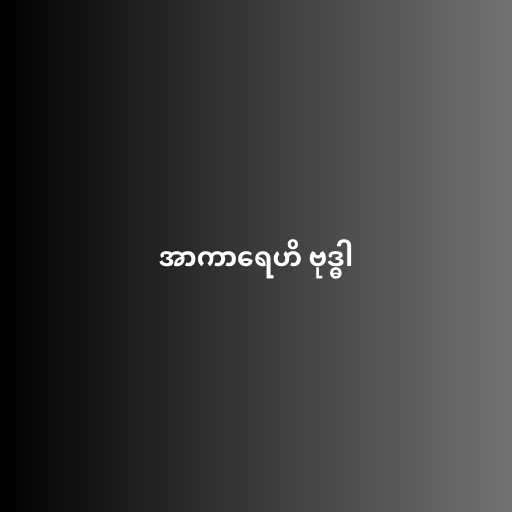
အာကာရေဟိ ဗုဒ္ဓါ